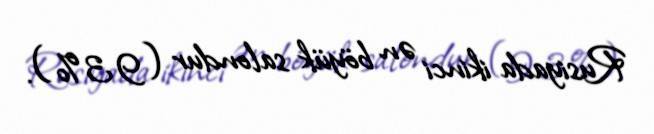
Rusiyada ikinci ən böyük salondur (93%).